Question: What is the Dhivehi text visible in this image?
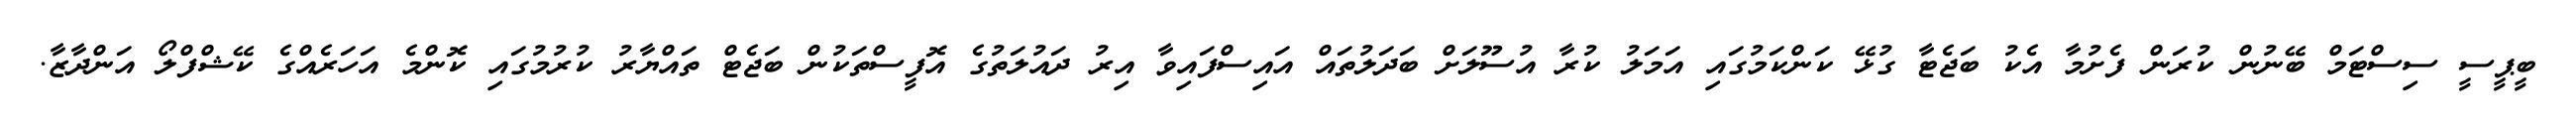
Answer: ބީޕީސީ ސިސްޓަމް ބޭނުން ކުރަން ފެށުމާ އެކު ބަޖެޓާ ގުޅޭ ކަންކަމުގައި އަމަލު ކުރާ އުސޫލަށް ބަދަލުތައް އައިސްފައިވާ އިރު ދައުލަތުގެ އޮފީސްތަކުން ބަޖެޓް ތައްޔާރު ކުރުމުގައި ކޮންމެ އަހަރެއްގެ ކޭޝްފްލޯ އަންދާޒާ.